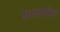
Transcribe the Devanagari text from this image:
सारतोव